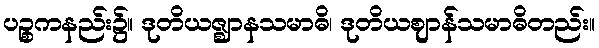
ပဉ္စကနည်း၌။ ဒုတိယဇ္ဈာနသမာဓိ၊ ဒုတိယဈာန်သမာဓိတည်း။